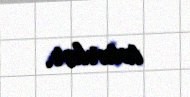
tuturlar.